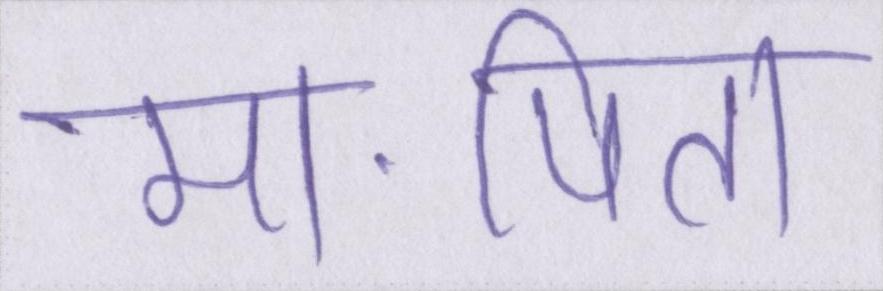
मा-पिता